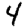
Digit: 4